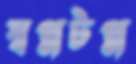
স্বপ্নটপ্ন